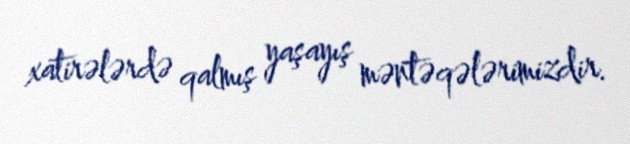
xatirələrdə qalmış yaşayış məntəqələrimizdir.